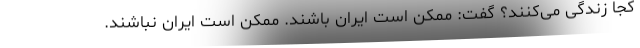
کجا زندگی می‌کنند؟ گفت: ممکن است ایران باشند. ممکن است ایران نباشند.